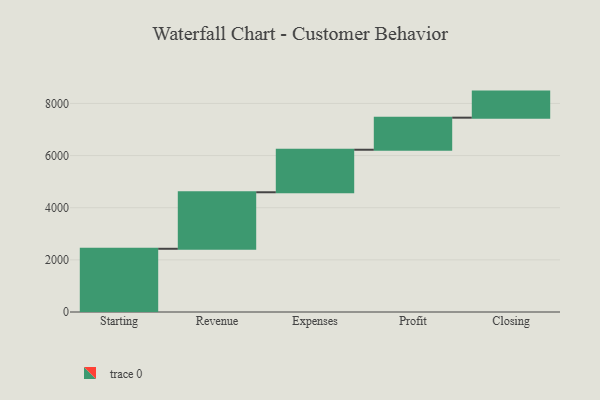
{"axis": {"x": "Step", "y": "Value"}, "legend": [""], "data": [{"x": "Starting", "y": 2425.0, "type": ""}, {"x": "Revenue", "y": 2168.0, "type": ""}, {"x": "Expenses", "y": 1631.0, "type": ""}, {"x": "Profit", "y": 1230.0, "type": ""}, {"x": "Closing", "y": 1000, "type": ""}]}